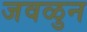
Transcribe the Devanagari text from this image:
जवळुन